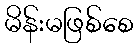
မိန်းမဖြစ်စေ